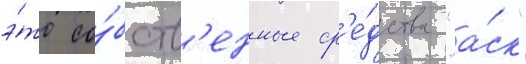
э́то со́бств'енные ср'е́дства "а́ск"